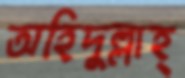
অহিদুল্লাহ্